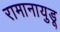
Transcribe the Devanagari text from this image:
रामानायुडू